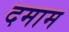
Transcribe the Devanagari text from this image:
दमाम